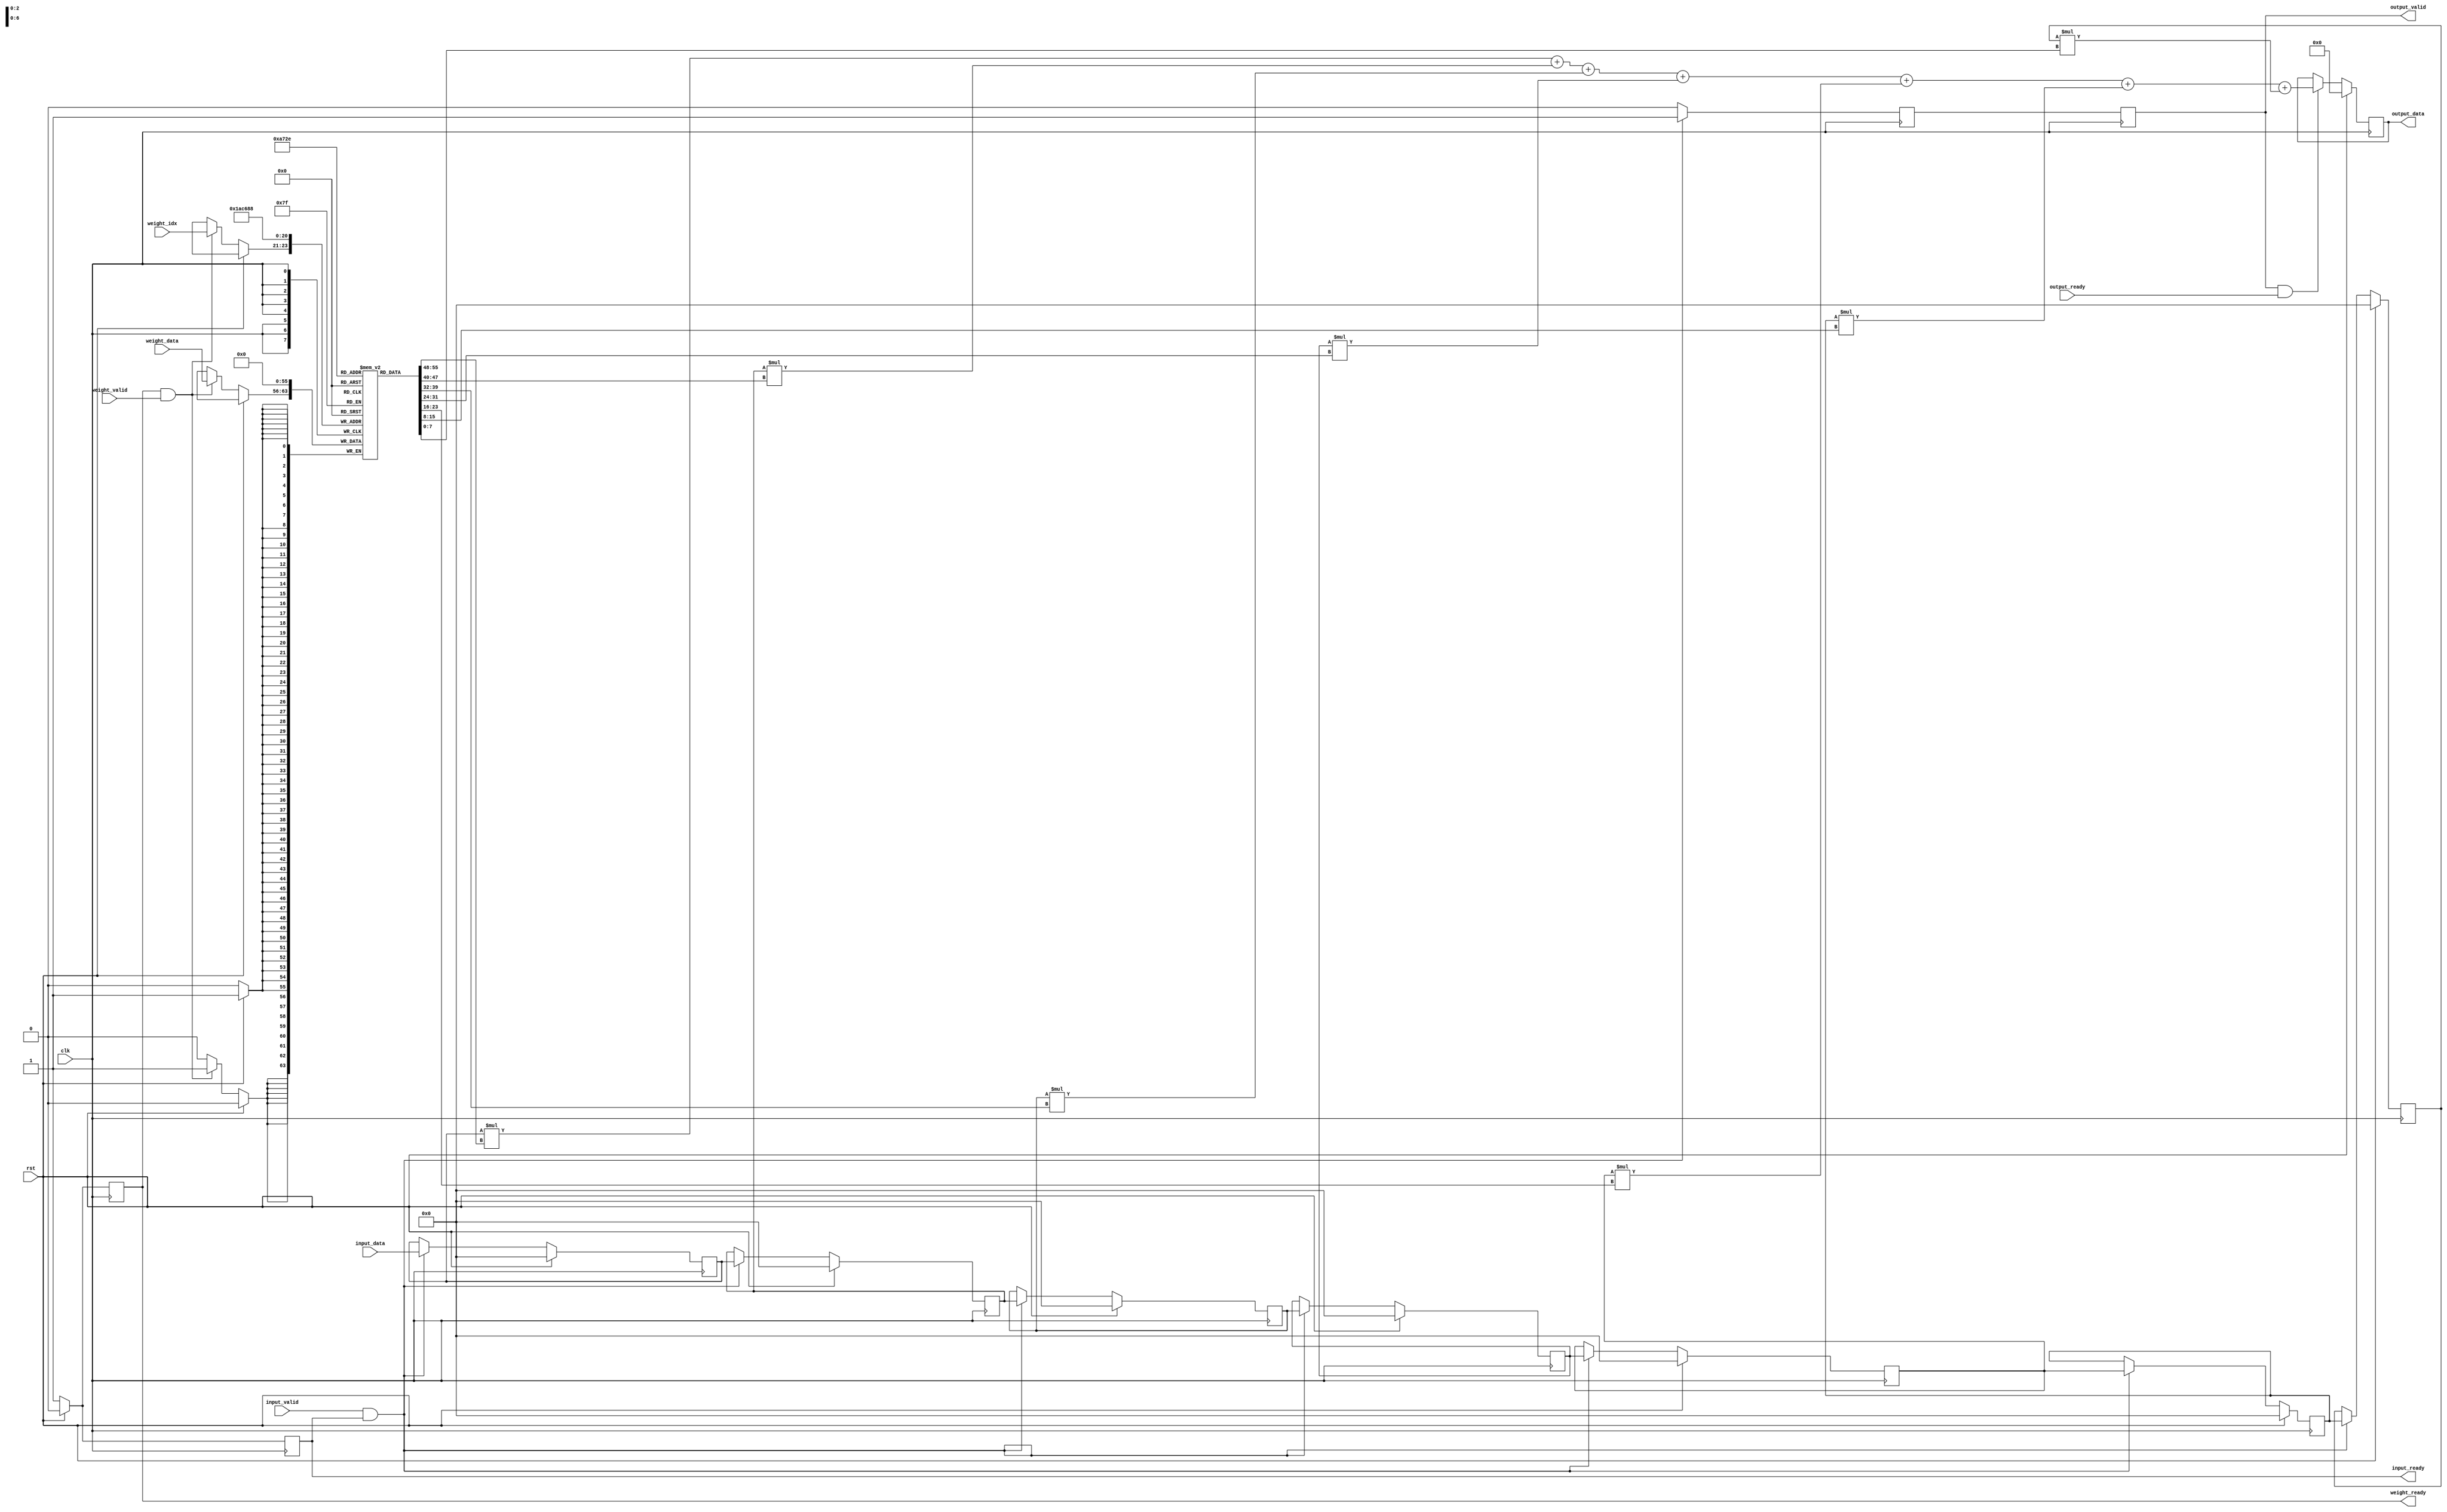
`timescale 1ns / 1ps
//////////////////////////////////////////////////////////////////////////////////
// Company: Pennsylvania State University
// 
// Design Name: Lab#2
// Module Name: fir_7_7
// Project Name: Lab#2
// Target Devices: Zedboard 1.4
// Tool Versions: 
// Description: 
// 
// Dependencies: 
// 
// Revision: 1.0
// Revision 0.01 - File Created
// Additional Comments:
// 
//////////////////////////////////////////////////////////////////////////////////


module fir_7_7(
    input clk,
    input rst,
    input [7:0] weight_data,
    input [2:0] weight_idx,
    input weight_valid,
    output weight_ready,
    input [7:0] input_data,
    input input_valid,
    output input_ready,
    output [15:0] output_data,
    input output_ready,
    output output_valid 
    );
    
    reg i_ready;
    reg w_ready;
    assign input_ready = i_ready;
    assign weight_ready = w_ready;
    
    wire [15:0] products [6:0];
    wire [15:0] sums [ 5:0];
    
    reg [7:0] inputs [6:0];
    reg [7:0] weights [6:0];
    
    reg [15:0] result;
    assign output_data = result;
    
    reg output_valid_delay;
    reg output_valid_r;
    
    assign output_valid = output_valid_r;
    
    // Delay 1 cycle
    always@(posedge clk)
    begin
        if(input_valid & input_ready)
            output_valid_delay <= 1;
        else
            output_valid_delay <= 0;
        output_valid_r = output_valid_delay;
    end

    
    always@(posedge clk)
    begin
        if(rst)
        begin
            inputs[0] <= 0;
            inputs[1] <= 0;
            inputs[2] <= 0;
            inputs[3] <= 0;
            inputs[4] <= 0;
            inputs[5] <= 0;
            inputs[6] <= 0;

            weights[0] <= 0;
            weights[1] <= 0;
            weights[2] <= 0;
            weights[3] <= 0;
            weights[4] <= 0;
            weights[5] <= 0;
            weights[6] <= 0;

            result <= 0;
            i_ready <= 0;
            w_ready <= 0;
        end else begin
            i_ready <= 1;
            w_ready <= 1;
            if(weight_ready & weight_valid)begin
                weights[weight_idx] <= weight_data;
            end

            if(input_valid & input_ready)begin
                inputs[0] <= input_data;
                inputs[1] <= inputs[0];
                inputs[2] <= inputs[1];
                inputs[3] <= inputs[2];
                inputs[4] <= inputs[3];
                inputs[5] <= inputs[4];
                inputs[6] <= inputs[5];
            end
            
            if(output_valid & output_ready)begin
                result <= inputs[0]*weights[0] + inputs[1]*weights[1] + inputs[2]*weights[2] + inputs[3]*weights[3] + inputs[4]*weights[4] + inputs[5]*weights[5] + inputs[6]*weights[6];
            end
            
        end
    end
    

endmodule